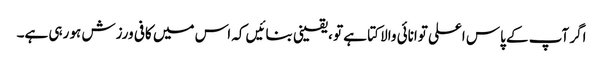
اگر آپ کے پاس اعلی توانائی والا کتا ہے تو ، یقینی بنائیں کہ اس میں کافی ورزش ہو رہی ہے۔